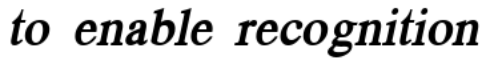
to enable recognition